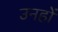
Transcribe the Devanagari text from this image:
उनहों